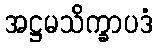
အဋ္ဌမသိက္ခာပဒံ